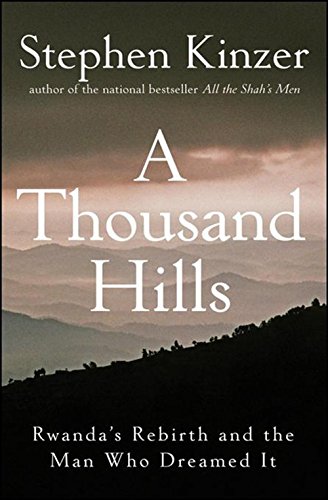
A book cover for A Thousand Hills: Rwanda's Rebirth and the Man Who Dreamed It; Stephen Kinzer; Biographies & Memoirs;